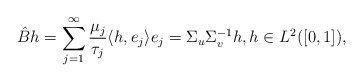
\begin{align*}\hat{B}h= \sum_{j=1} ^\infty {\frac{\mu_j}{\tau_j} \langle h,e_j\rangle e_j} = \Sigma_u \Sigma_v ^{-1} h, h\in L^2([0,1]),\end{align*}